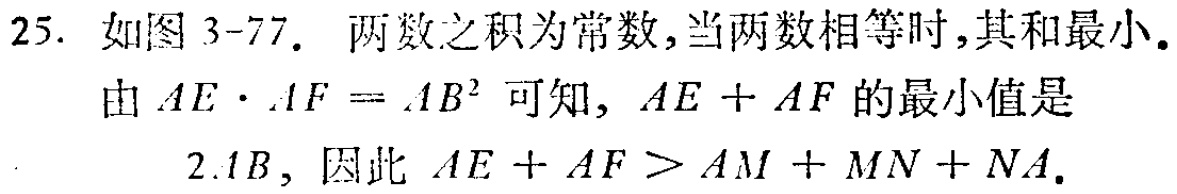
25. 如图 3-77. 两数之积为常数,当两数相等时,其和最小.
由 \(AE\cdot AF = AB^{2}\) 可知, \(AE + AF\) 的最小值是
\(2AB\), 因此 \(AE + AF>AM + MN + NA\).